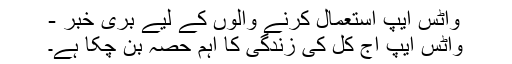
واٹس ایپ استعمال کرنے والوں کے لیے بری خبر -
واٹس ایپ آج کل کی زندگی کا اہم حصہ بن چکا ہے۔